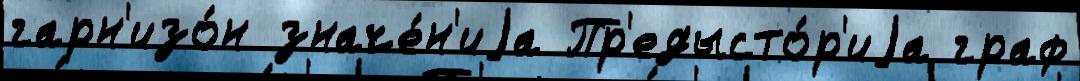
гарн'изо́н значе́н'иjа Пр'едысто́р'иjа граф